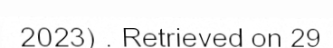
2023) . Retrieved on 29